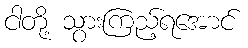
ငါတို့ သွားကြည့်ရအောင်